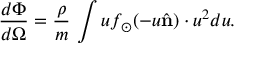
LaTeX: \frac { d \Phi } { d \Omega } = \frac { \rho } { m } \, \int u f _ { \odot } ( - u \hat { \bf n } ) \cdot u ^ { 2 } d u .